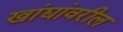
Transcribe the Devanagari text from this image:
खांद्यांवरील